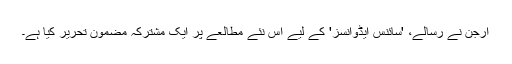
ارجن نے رسالے، 'سائنس ایڈوانسز' کے لیے اس نئے مطالعے پر ایک مشترکہ مضمون تحریر کیا ہے۔